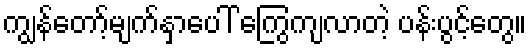
ကျွန်တော့်မျက်နှာပေါ် ကြွေကျလာတဲ့ ပန်းပွင့်တွေ။